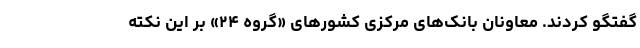
گفتگو کردند. معاونان بانک‌های مرکزی کشور‌های «گروه ۲۴» بر این نکته